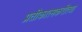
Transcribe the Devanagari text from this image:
प्रतीकात्मकरीत्या